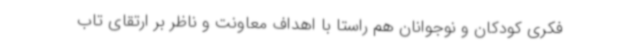
فکری کودکان و نوجوانان هم راستا با اهداف معاونت و ناظر بر ارتقای تاب